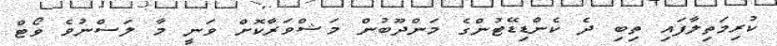
ކުރިމަތިލާފައި ތިބި ދެ ކެންޑިޑޭޓުންގެ މަންދޫބުުން މަޝްވަރާކޮށް ވަނީ މާ ލަސްނުވެ ވޯޓް